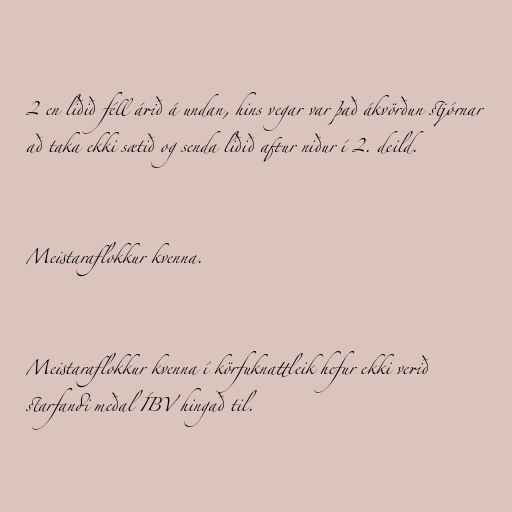
2 en liðið féll árið á undan, hins vegar var það ákvörðun stjórnar
að taka ekki sætið og senda liðið aftur niður í 2. deild.

Meistaraflokkur kvenna.

Meistaraflokkur kvenna í körfuknattleik hefur ekki verið
starfandi meðal ÍBV hingað til.